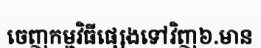
ចេញកម្មវិធីផ្សេងទៅវិញ៦.មាន